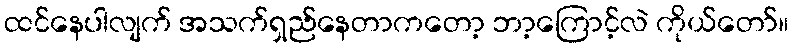
ထင်နေပါလျက် အသက်ရှည်နေတာကတော့ ဘာ့ကြောင့်လဲ ကိုယ်တော်။